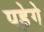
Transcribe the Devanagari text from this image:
पडे़गे